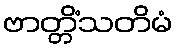
ဗာတ္တိံသတိမံ